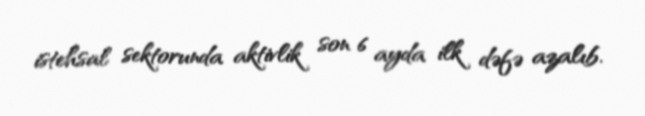
istehsal sektorunda aktivlik son 6 ayda ilk dəfə azalıb.